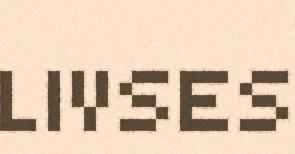
LIVSES